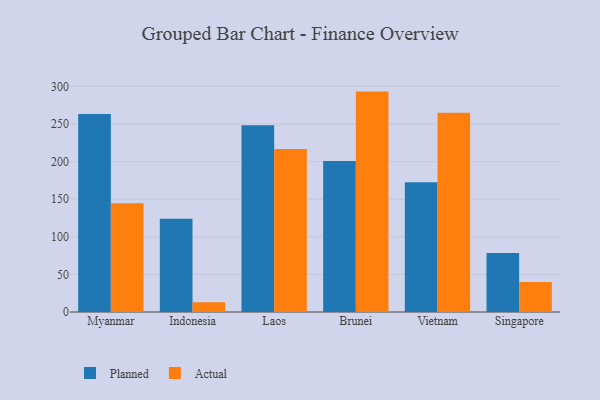
{"axis": {"x": "Country", "y": "Customer Acquisition Cost (USD)"}, "legend": ["Actual", "Planned"], "data": [{"x": "Myanmar", "y": 263.2, "type": "Planned"}, {"x": "Myanmar", "y": 144.5, "type": "Actual"}, {"x": "Indonesia", "y": 123.9, "type": "Planned"}, {"x": "Indonesia", "y": 12.9, "type": "Actual"}, {"x": "Laos", "y": 248.4, "type": "Planned"}, {"x": "Laos", "y": 216.8, "type": "Actual"}, {"x": "Brunei", "y": 200.9, "type": "Planned"}, {"x": "Brunei", "y": 293.1, "type": "Actual"}, {"x": "Vietnam", "y": 172.4, "type": "Planned"}, {"x": "Vietnam", "y": 264.9, "type": "Actual"}, {"x": "Singapore", "y": 78.6, "type": "Planned"}, {"x": "Singapore", "y": 39.9, "type": "Actual"}]}